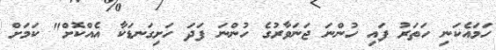
ހަމައެކަނި ހަތަރު ފައި ހުންނަ ޖަނަވާރުގެ ހުންނަ ފަދަ ހަށިގަނޑަކާ އެއްކޮށް" ކަމަށް